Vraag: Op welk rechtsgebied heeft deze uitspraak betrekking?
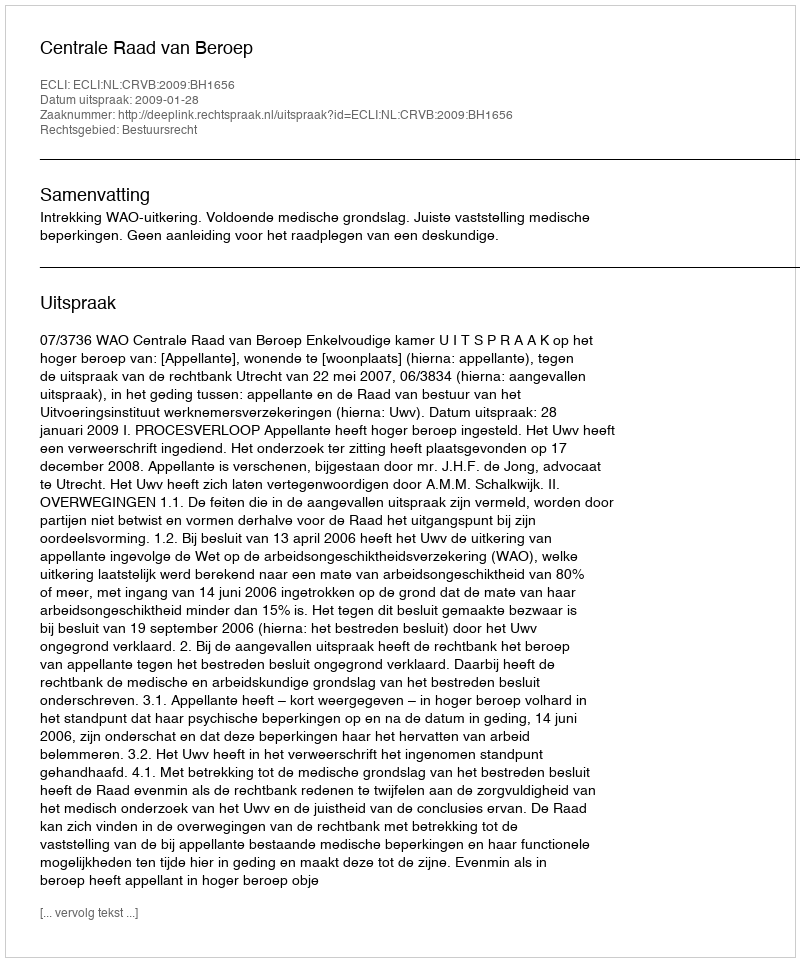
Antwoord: Bestuursrecht